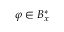
\varphi \in B _ { x } ^ { * }